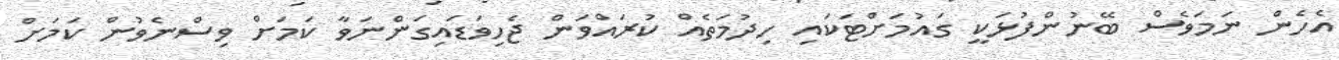
އެހެން ނަމަވެސް ބޭނުންފުޅަކީ ގައުމަށްޓަކައި ހިދުމަތެއް ކުރައްވަން ޖެހިވަޑައިގަންނަވާ ކަމަށް ވިސްނެވުން ކަމަށް